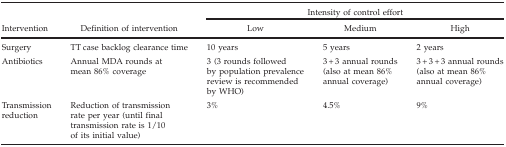
<table><thead><tr><td><b> </b></td><td><b> </b></td><td colspan="3"><b>Intensity of control effort</b></td></tr><tr><td><b>Intervention</b></td><td><b>Definition of intervention</b></td><td><b>Low</b></td><td><b>Medium</b></td><td><b>High</b></td></tr></thead><tbody><tr><td>Surgery</td><td>TT case backlog clearance time</td><td>10 years</td><td>5 years</td><td>2 years</td></tr><tr><td>Antibiotics</td><td>Annual MDA rounds at mean 86% coverage</td><td>3 (3 rounds followed by population prevalence review is recommended by WHO)</td><td>3 + 3 annual rounds (also at mean 86% annual coverage)</td><td>3 + 3 + 3 annual rounds (also at mean 86% annual coverage)</td></tr><tr><td>Transmission reduction</td><td>Reduction of transmission rate per year (until final transmission rate is 1/10 of its initial value)</td><td>3%</td><td>4.5%</td><td>9%</td></tr></tbody></table>